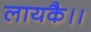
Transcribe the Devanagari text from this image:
लायकै।।